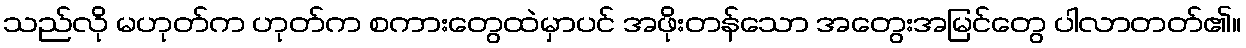
သည်လို မဟုတ်က ဟုတ်က စကားတွေထဲမှာပင် အဖိုးတန်သော အတွေးအမြင်တွေ ပါလာတတ်၏။